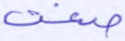
صغت